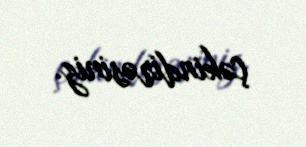
çəkindirəsiniz.